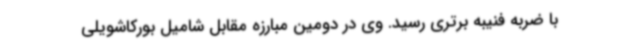
با ضربه فنیبه برتری رسید. وی در دومین مبارزه مقابل شامیل بورکاشویلی